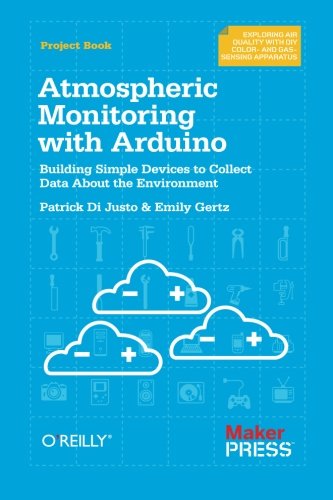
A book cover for Atmospheric Monitoring with Arduino: Building Simple Devices to Collect Data About the Environment; Patrick Di Justo; Computers & Technology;